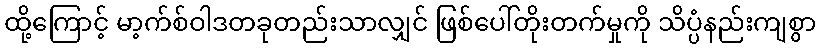
ထို့ကြောင့် မာ့က်စ်ဝါဒတခုတည်းသာလျှင် ဖြစ်ပေါ်တိုးတက်မှုကို သိပ္ပံနည်းကျစွာ